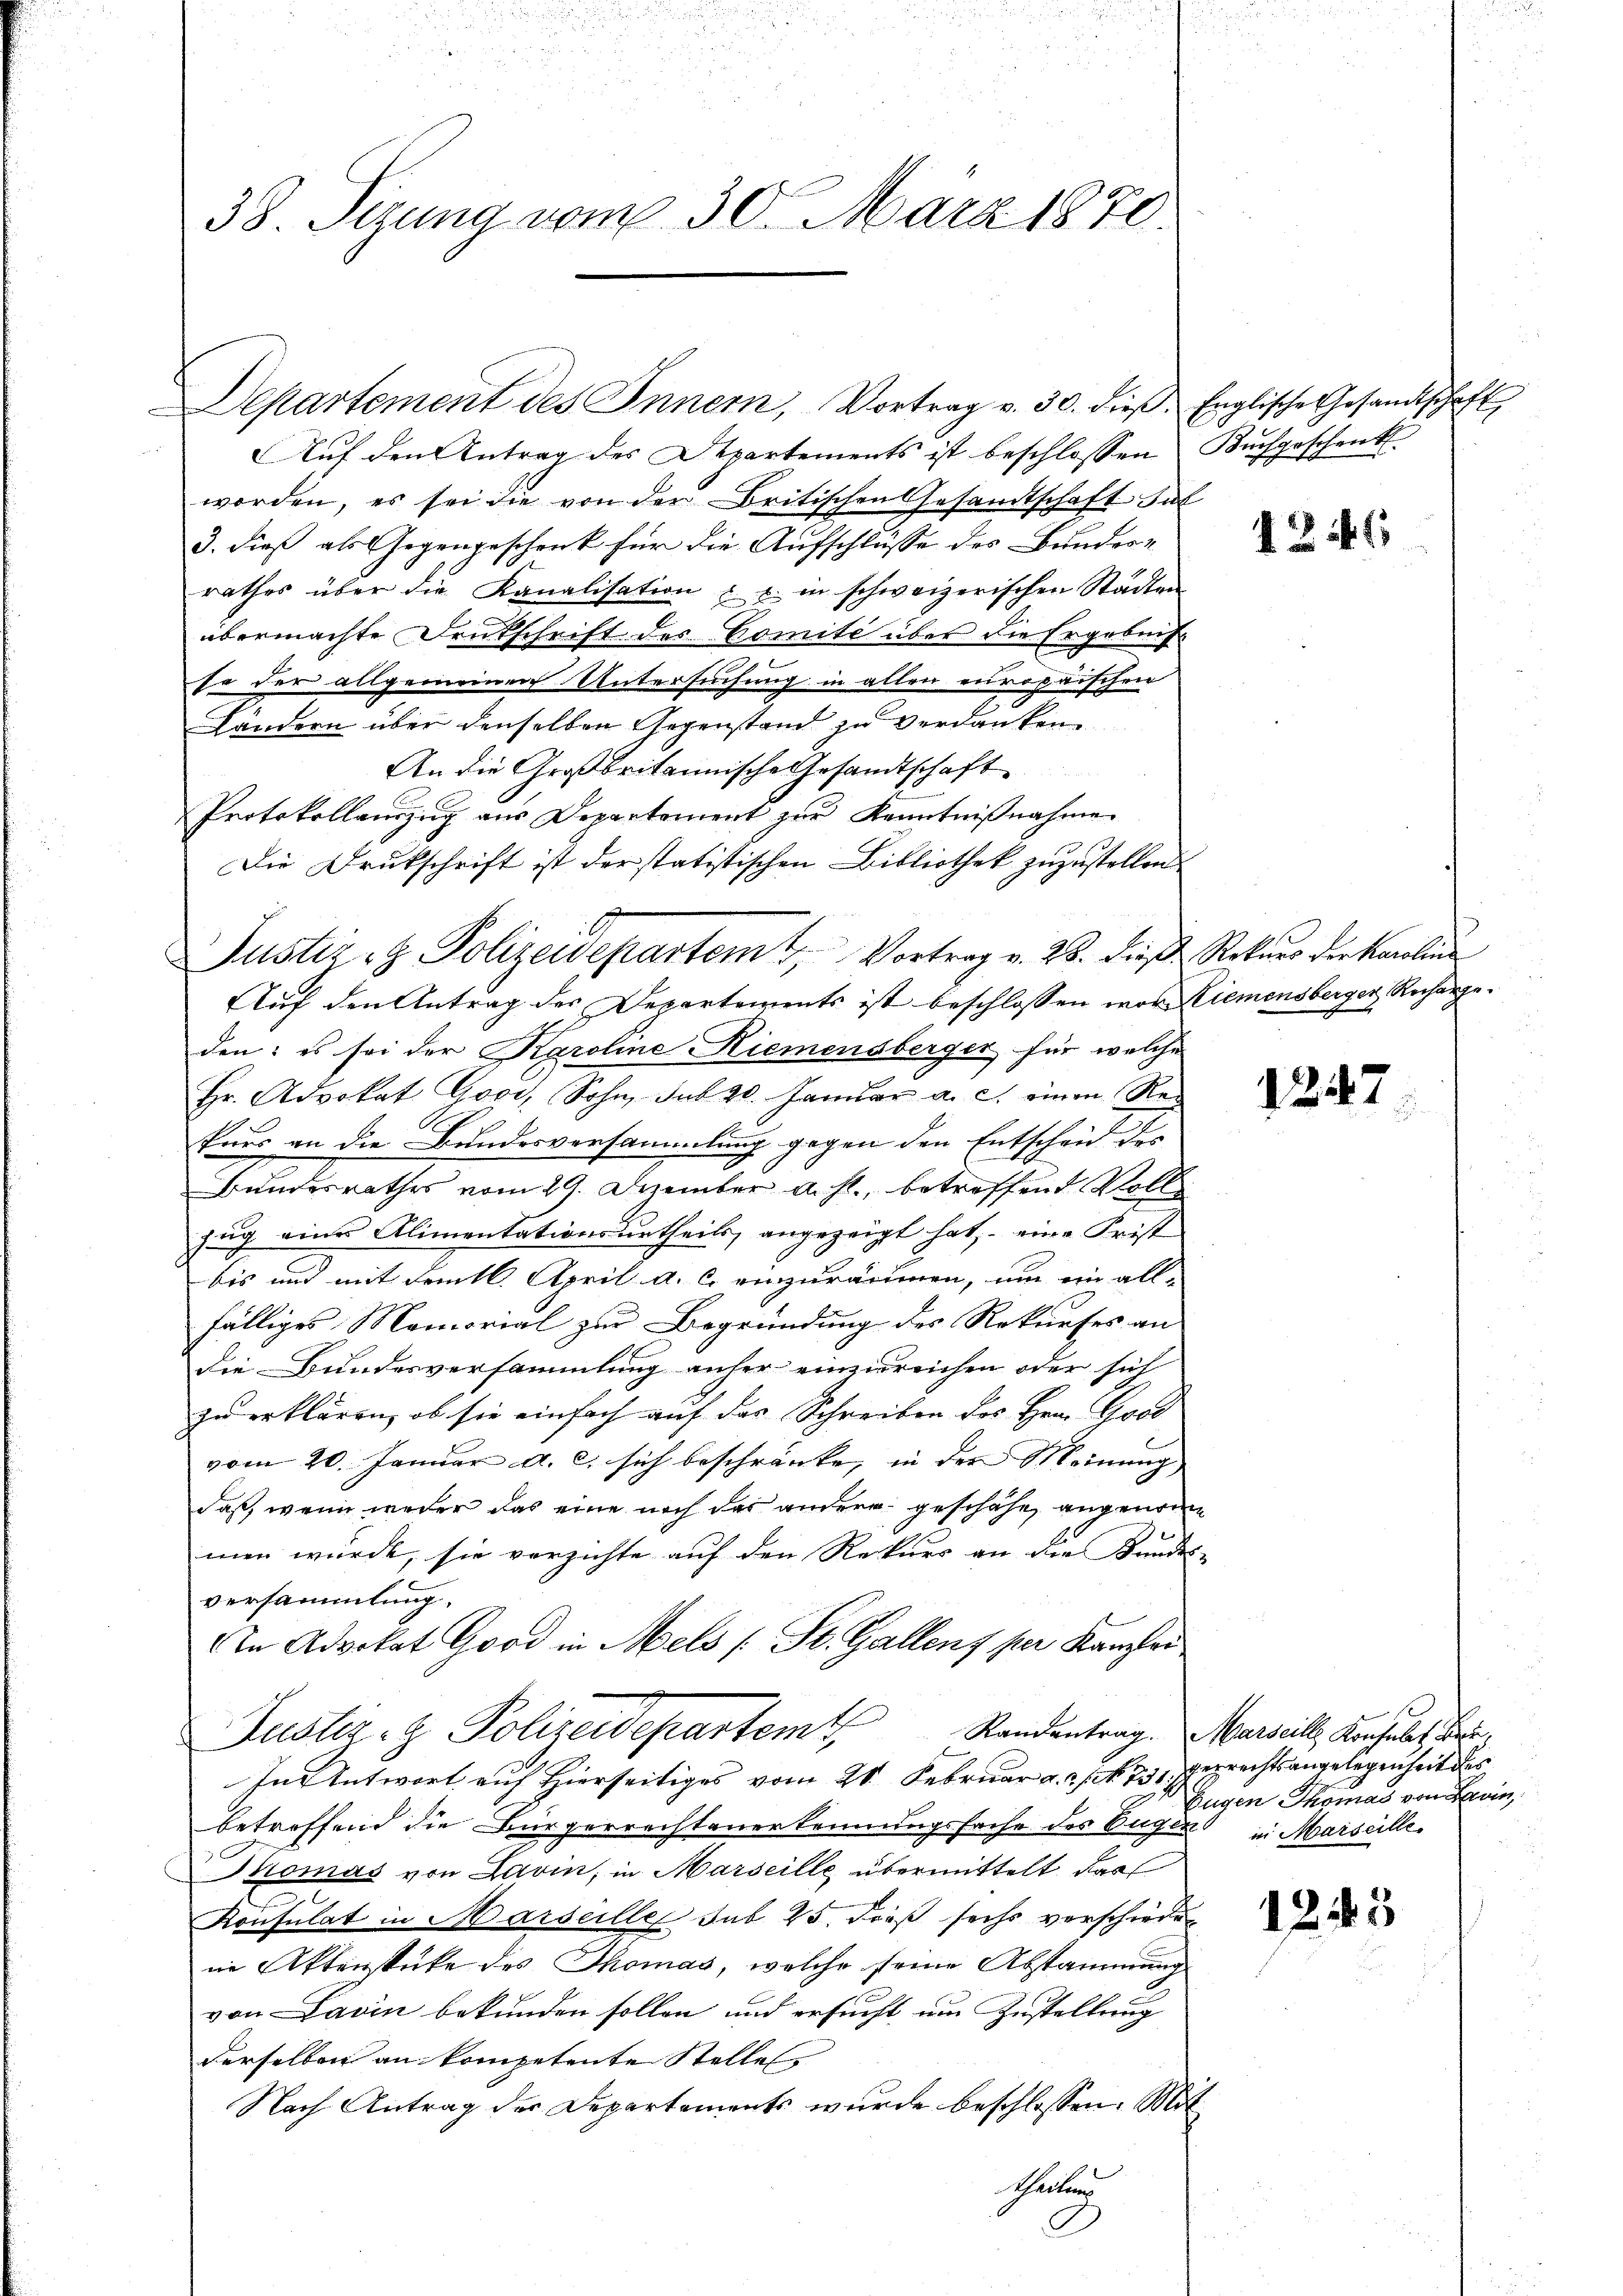
38. Sizung vom 30. März 1870.

Auf den Antrag des Departements ist beschlossen
worden, es sei die von der Britischen Gesandtschaft Sal
3. dieß als Gegengeschenk für die Aufschlüsse des Bunderrathes über die Kanalisation u u. in schweizerischen Städten
übermachte Denkschrift des Comite über die Ergebnis
so der allgemeinen Untersuchung in allen europaischen
Ländern über denselben Gegenstand zu verdanken.
An die Großbritannische Gesandtschaft
Protokollanzug aus Departement zur Kenntniβnahme.
Die Drukschrift ist der statistischen Bibliothek zuzustellen.
Justiz- & Polizeidepartem 4 Vortrag v. 28. dieß Rekurs der Karolin
Auf den Antrag des Departements ist beschlossen vor Niemensberger, Rechargeden: es sei der Karoline Riemensberger für welche
Hr. Advokat Govi, Sohn, sub 20. Januar a. c. einen Rec
Prius an die Bundesversammlung gegen den Entscheid des
Bundesrathes vom 29. Dezember a. s., betreffend Voll
zug eines Alimentationsurtheils, angezeigt hat, – eine Frist
bis und mit Femtl. April a. c. einzuräumen, um ein all-
fälliges Memorial zur Begründung des Rekurses an
die Bundesversammlung anher einzureichen oder sich
zu erklären, ob sie einfach auf das Schreiben des Hrn. Good
vom 20. Januar a. c. sich beschränke, in der Meinung,
daß, wenn weder das eine noch der andere geschähe, angenomme
Je
men würde, sie verzichte auf den Rekurs an die Bandes-
versammlung.
An Advokat Good in Mels (St. Gallenz per Kanzlei
Justiz- & Polizeidepartem Randentrag. Marzill, Konsuls Be
In Antwort auf Hierseitiges vom 21. Februar a. . . . 731. Deprechtsangelegenheit des
betreffend die Bürgerrechtanerkennungssache des Eugen in Marseille
Istomas von Lavin, in Marseille übermittelt dar
Konsulat in Marseille sub 25. dieß sechs verschiedene Aktenstücke des Thomas, welche seine Abstammung
von Savin bekunden sollen und ersucht um Zustellung
derselben an kompetente Stelles
Nach Antrag der Departements wurde beschlossen: Mit
theilung

Departement des Innern, Vortrag v. 30. dieβ, Englische Gesandtschaft

Kurfgeschenk.

3

1241

1247

1245

Eugen Thomas von Darin,